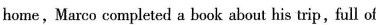
home,Marco completed a book about his trip,full of